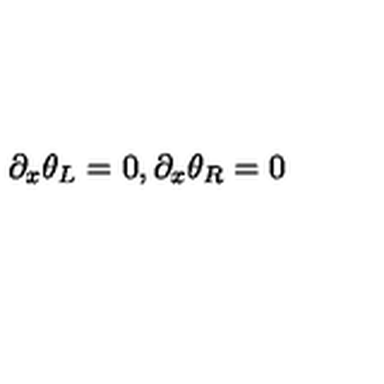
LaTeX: \partial _ { x } \theta _ { L } = 0 , \partial _ { x } \theta _ { R } = 0